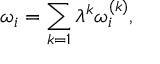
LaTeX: \omega _ { i } = \sum _ { k = 1 } \lambda ^ { k } \omega _ { i } ^ { ( k ) } ,